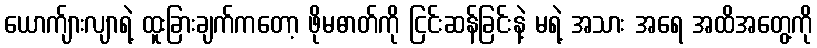
ယောက်ျားလျာရဲ့ ထူးခြားချက်ကတော့ ဖိုမဓာတ်ကို ငြင်းဆန်ခြင်းနဲ့ မရဲ့ အသား အရေ အထိအတွေ့ကို